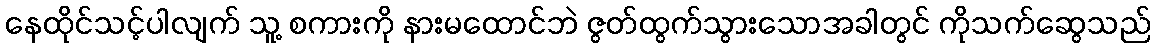
နေထိုင်သင့်ပါလျက် သူ့ စကားကို နားမထောင်ဘဲ ဇွတ်ထွက်သွားသောအခါတွင် ကိုသက်ဆွေသည်